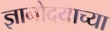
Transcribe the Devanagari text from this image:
ज्ञानोदयाच्या